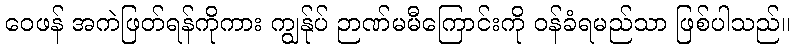
ဝေဖန် အကဲဖြတ်ရန်ကိုကား ကျွန်ုပ် ဉာဏ်မမီကြောင်းကို ဝန်ခံရမည်သာ ဖြစ်ပါသည်။